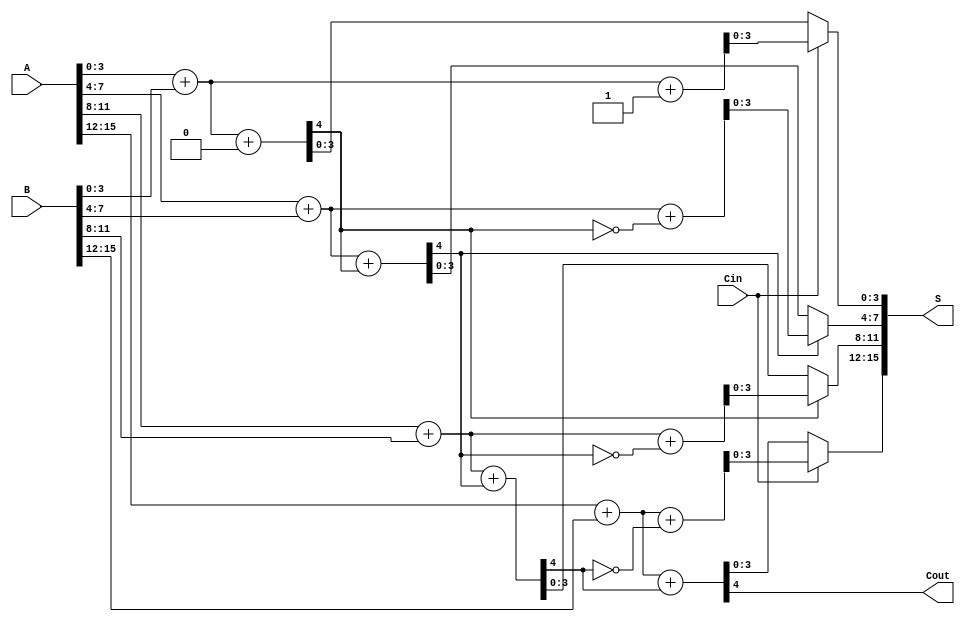
module han_carlson_adder (
    input [15:0] A,      // First operand
    input [15:0] B,      // Second operand
    input Cin,           // Carry-in for LSB
    output [15:0] S,     // Sum output
    output Cout          // Final carry-out
);
    // Intermediate wires to store carry-out and sums for previous blocks
    wire [4:0] carry;      // Local carries from each block
    wire [15:0] sum0, sum1; // Sums assuming carry-in of 0 and 1 for each block

    // Block 0
    wire [3:0] sum0_block0, sum1_block0;
    wire carry_out_block0;
    
    assign {carry_out_block0, sum0_block0} = A[3:0] + B[3:0] + 0;
    assign {carry_out_block0, sum1_block0} = A[3:0] + B[3:0] + 1;

    // Block 1
    wire [3:0] sum0_block1, sum1_block1;
    wire carry_out_block1;

    assign {carry_out_block1, sum0_block1} = A[7:4] + B[7:4] + carry_out_block0;
    assign {carry_out_block1, sum1_block1} = A[7:4] + B[7:4] + (carry_out_block0 ^ 1);

    // Block 2
    wire [3:0] sum0_block2, sum1_block2;
    wire carry_out_block2;

    assign {carry_out_block2, sum0_block2} = A[11:8] + B[11:8] + carry_out_block1;
    assign {carry_out_block2, sum1_block2} = A[11:8] + B[11:8] + (carry_out_block1 ^ 1);

    // Block 3
    wire [3:0] sum0_block3, sum1_block3;
    wire carry_out_block3;

    assign {carry_out_block3, sum0_block3} = A[15:12] + B[15:12] + carry_out_block2;
    assign {carry_out_block3, sum1_block3} = A[15:12] + B[15:12] + (carry_out_block2 ^ 1);

    // Select the appropriate sums based on initial carry-in
    assign carry[0] = Cin;
    assign carry[1] = carry_out_block0;
    assign carry[2] = carry_out_block1;
    assign carry[3] = carry_out_block2;
    assign carry[4] = carry_out_block3;

    // Final sum selection
    assign S = { 
        (Cin ? sum1_block3 : sum0_block3), 
        (carry[1] ? sum1_block2 : sum0_block2), 
        (carry[2] ? sum1_block1 : sum0_block1), 
        (carry[0] ? sum1_block0 : sum0_block0)
    };

    // Final carry-out
    assign Cout = carry_out_block3;

endmodule